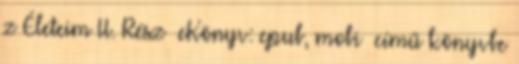
z Életeim II. Rész eKönyv: epub, mobi című könyvbe